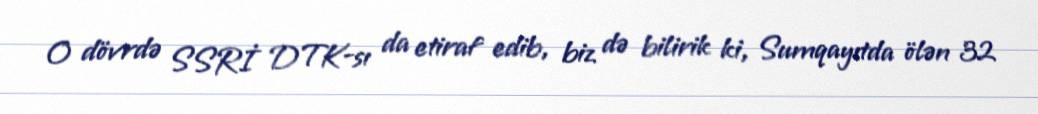
O dövrdə SSRİ DTK-sı da etiraf edib, biz də bilirik ki, Sumqayıtda ölən 32